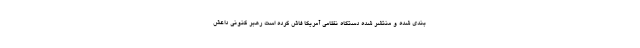
بندی شده و منتشر شده دستگاه نظامی آمریکا فاش کرده است رهبر کنونی داعش